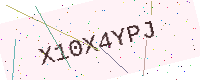
Text: X10X4YPJ